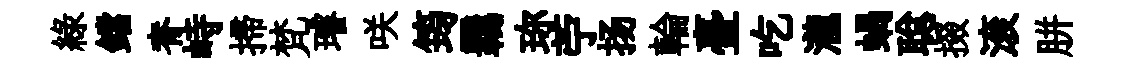
綠鐺脊峙掃梵璿咲筠覊珎苧扬輪臺吃瀧蝸聪掇滚胼